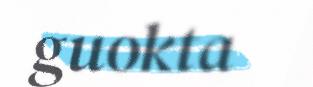
guokta